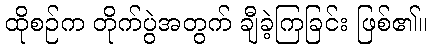
ထိုစဉ်က တိုက်ပွဲအတွက် ချီခဲ့ကြခြင်း ဖြစ်၏။